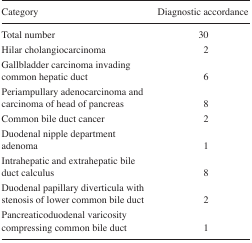
<table><thead><tr><td><b>Category</b></td><td><b>Diagnostic accordance</b></td></tr></thead><tbody><tr><td>Total number</td><td>30</td></tr><tr><td>Hilar cholangiocarcinoma</td><td>2</td></tr><tr><td>Gallbladder carcinoma invading common hepatic duct</td><td>6</td></tr><tr><td>Periampullary adenocarcinoma and carcinoma of head of pancreas</td><td>8</td></tr><tr><td>Common bile duct cancer</td><td>2</td></tr><tr><td>Duodenal nipple department adenoma</td><td>1</td></tr><tr><td>Intrahepatic and extrahepatic bile duct calculus</td><td>8</td></tr><tr><td>Duodenal papillary diverticula with stenosis of lower common bile duct</td><td>2</td></tr><tr><td>Pancreaticoduodenal varicosity compressing common bile duct</td><td>1</td></tr></tbody></table>